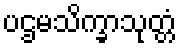
ပဌမသိက္ခာသုတ္တံ